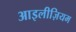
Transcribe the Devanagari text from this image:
आइलीज़ियम